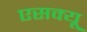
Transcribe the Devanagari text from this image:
एसक्यू